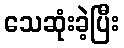
သေဆုံးခဲ့ပြီး